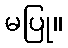
မပြု။